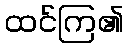
ထင်ကြ၏